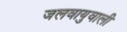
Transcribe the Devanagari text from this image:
जलवायुवाली